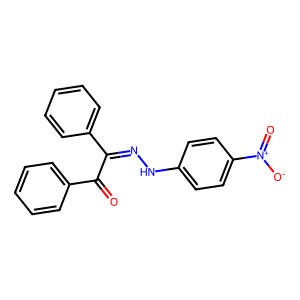
SMILES: O=C(C(=NNc1ccc([N+](=O)[O-])cc1)c1ccccc1)c1ccccc1
Inhibits HIV replication: No